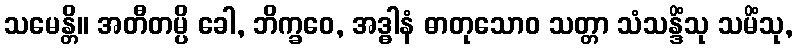
သမေန္တိ။ အတီတမ္ပိ ခေါ, ဘိက္ခဝေ, အဒ္ဓါနံ ဓာတုသောဝ သတ္တာ သံသန္ဒိံသု သမိံသု,